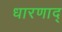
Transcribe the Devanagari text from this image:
धारणाद्